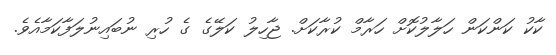
ކާކު ކަންކަން ހަލާލުކޮށް ހަރާމް ކުރާކަށް. ޖާހިލު ކަލޭގެ ގެ ހުރި ނުބައިނުލަފާކަމާއެވެ.